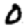
Digit: 0